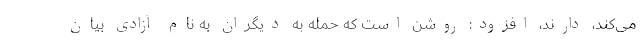
می‌کند، دارند، افزود: روشن است که حمله به دیگران به نام آزادی بیان